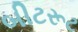
બીટરૂટ